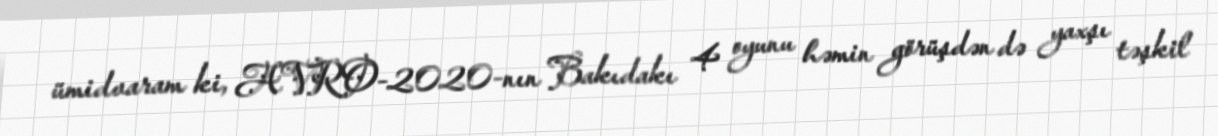
ümidvaram ki, AVRO-2020-nın Bakıdakı 4 oyunu həmin görüşdən də yaxşı təşkil